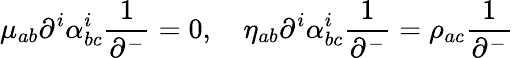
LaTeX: \mu_{ab}\partial^{i}\alpha_{bc}^{i}\frac{1}{\partial^{-}}=0,\quad\eta_{ab}\partial^{i}\alpha_{bc}^{i}\frac{1}{\partial^{-}}=\rho_{ac}\frac{1}{\partial^{-}}